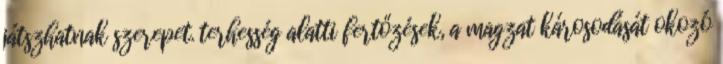
játszhatnak szerepet. terhesség alatti fertőzések, a magzat károsodását okozó